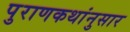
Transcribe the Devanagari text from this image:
पुराणकथांनुसार